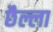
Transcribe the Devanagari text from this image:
छैल्ला